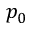
p _ { 0 }